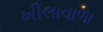
ખીલાવાળા